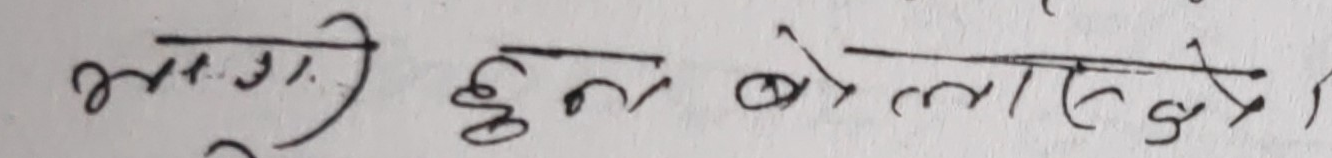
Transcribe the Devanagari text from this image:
भोलि हुन् बोलाइसक्छौँ